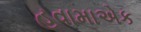
હવામાએક